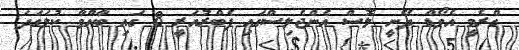
ގްރެމީ އެވޯޑް ދޭނީ ލޮސް އެންޖެލިސްގައި ފެބްރުއަރީ 8 ގައި ބާއްވާ ކުލަގަދަ